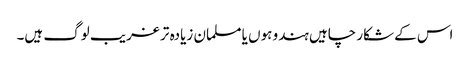
اس کے شکار چاہیں ہندو ہوں یا مسلمان زیادہ تر غریب لوگ ہیں۔